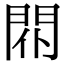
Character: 𨳢